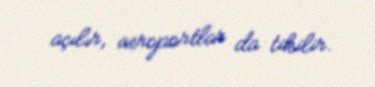
açılır, aeroportlar da tikilir.